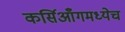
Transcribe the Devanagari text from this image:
कर्सिआँगमध्येच